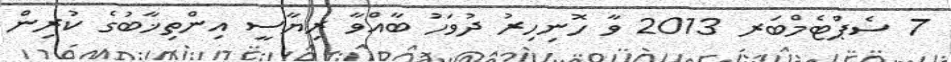
7 ސެޕްޓެމްބަރ 2013 ވާ ހޮނިހިރު ދުވަހު ބާއްވާ ރިޔާސީ އިންތިޚާބުގެ ކުރިން